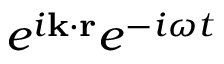
e ^ { i \mathbf { k } \cdot \mathbf { r } } e ^ { - i \omega t }